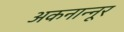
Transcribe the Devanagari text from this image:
अकनान्नूर